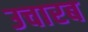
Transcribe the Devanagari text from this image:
उचारब